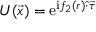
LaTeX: U ( \vec { x } ) = { \mathrm { e } } ^ { \mathrm { i } f _ { 2 } ( r ) \hat { \cdot } \vec { \tau } }